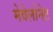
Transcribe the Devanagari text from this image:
मेवेलोनेट